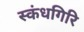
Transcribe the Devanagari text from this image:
स्‍कंधगिरि